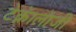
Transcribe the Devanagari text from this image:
टेक्नॅालॅाजी